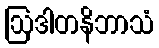
ဩဒါတနိဘာသံ